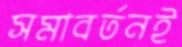
সমাবর্তনই